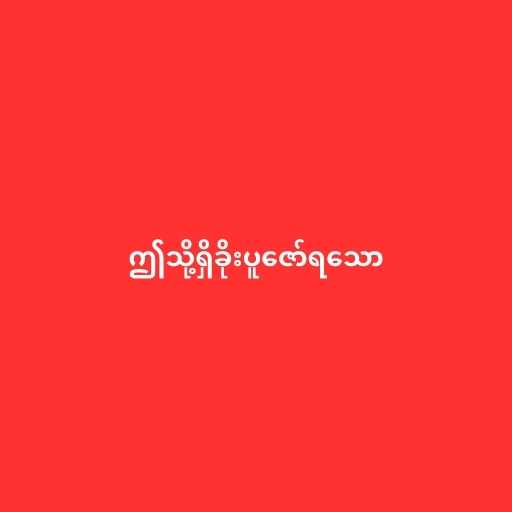
ဤသို့ရှိခိုးပူဇော်ရသော